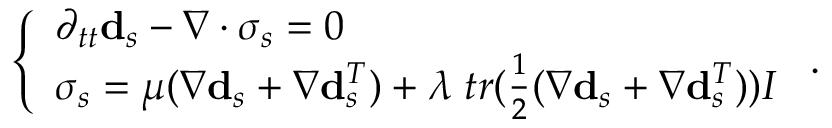
\left\{ \begin{array} { l l } { \partial _ { t t } \mathbf { d } _ { s } - \nabla \cdot \boldsymbol { \sigma } _ { s } = 0 } \\ { \boldsymbol { \sigma } _ { s } = \mu ( \nabla \mathbf { d } _ { s } + \nabla \mathbf { d } _ { s } ^ { T } ) + \lambda \; t r ( \frac { 1 } { 2 } ( \nabla \mathbf { d } _ { s } + \nabla \mathbf { d } _ { s } ^ { T } ) ) I } \end{array} \right. .